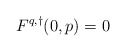
\begin{align*}F^{q,\dagger}(0,p) = 0\end{align*}